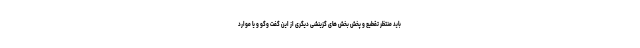
باید منتظر تقطیع و پخش بخش های گزینشی دیگری از این گفت وگو و یا موارد